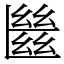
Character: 㡭